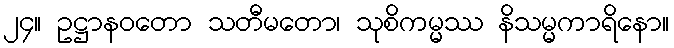
၂၄။ ဥဋ္ဌာနဝတော သတီမတော၊ သုစိကမ္မဿ နိသမ္မကာရိနော။